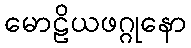
မောဠိယဖဂ္ဂုနော